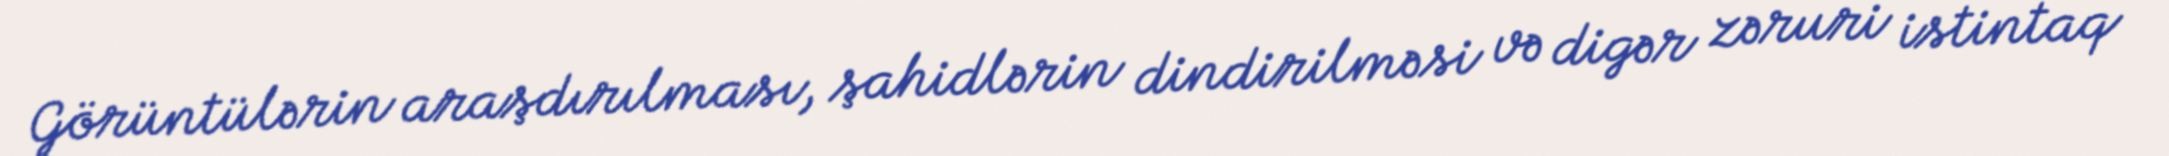
Görüntülərin araşdırılması, şahidlərin dindirilməsi və digər zəruri istintaq